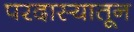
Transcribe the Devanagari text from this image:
परदास्यातून